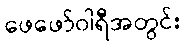
ဖေဖော်ဝါရီအတွင်း